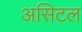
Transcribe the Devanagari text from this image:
असिटल